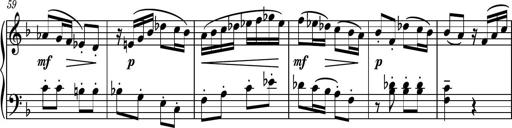
Title: Piano Sonatina II
Composer: Dimitri Sykias
Key: F major